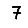
Digit: 7